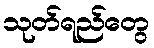
သုတ်ရည်တွေ